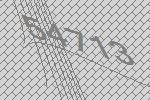
54713